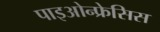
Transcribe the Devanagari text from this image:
पाइओन्फ्रेसिस